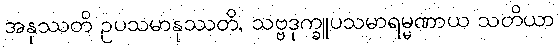
အနုဿတိ ဥပသမာနုဿတိ, သဗ္ဗဒုက္ခူပသမာရမ္မဏာယ သတိယာ